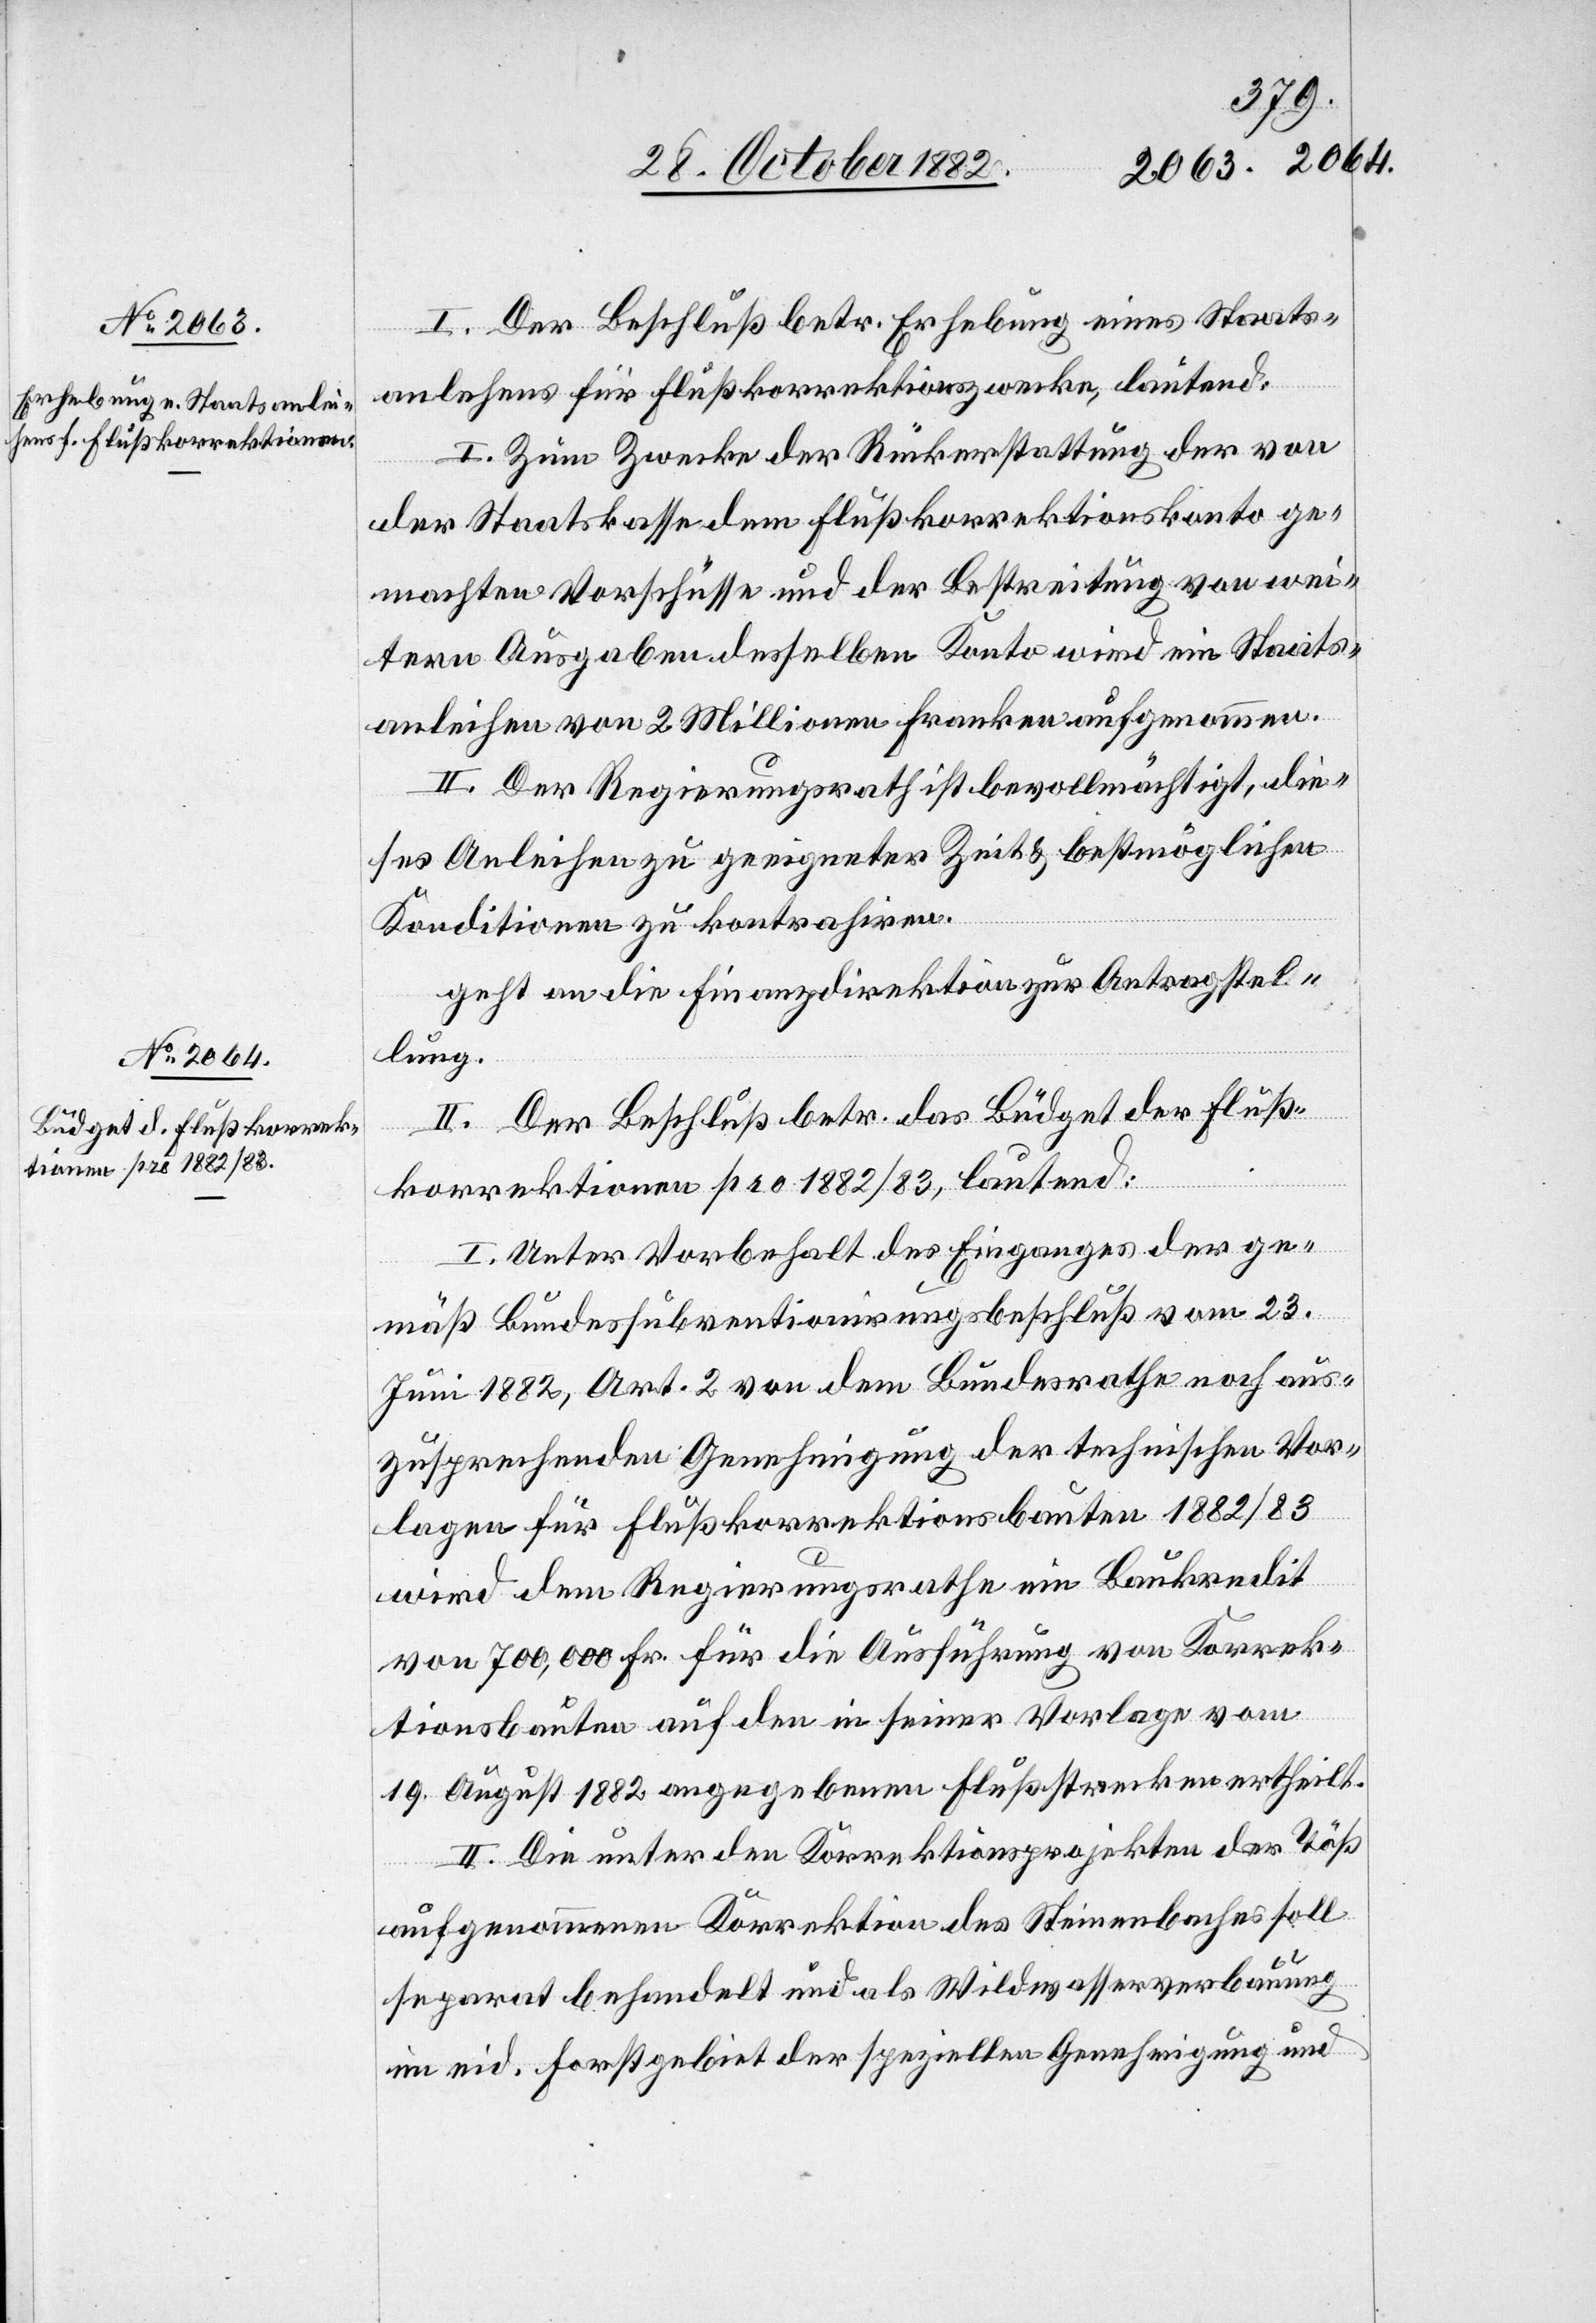
I. Der Beschluß betr. Erhebung eines Staats¬
anle[i]hens für Flußkorrektionszwecke, lautend:
I. Zum Zwecke der Rückerstattung der von
der Staatskasse dem Flußkorrektionskonto ge¬
machten Vorschüsse und der Bestreitung von wei¬
tern Ausgaben desselben Konto wird ein Staats¬
anleihen von 2 Millionen Franken aufgenommen.
II. Der Regierungsrath ist bevollmächtigt, die¬
ses Anleihen zu geeigneter Zeit & bestmöglichen
Konditionen zu kontrahiren.
geht an die Finanzdirektion zur Antragstel¬
lung.
II. Der Beschluß betr. das Büdget der Fluß¬
korrektionen pro 1882/83, lautend:
I. Unter Vorbehalt des Einganges der ge¬
mäß Bundessubventionirungsbeschluß vom 23.
Juni 1882, Art. 2 von dem Bundesrathe noch aus¬
zusprechenden Genehmigung der technischen Vor¬
lagen für Flußkorrektionsbauten 1882/83
wird dem Regierungsrathe ein Baukredit
von 700,000 Fr. für die Ausführung von Korrek¬
tionsbauten auf den in seiner Vorlage vom
19. August 1882 angegebenen Flußstrecken ertheilt.
II. Die unter den Korrektionsprojekten der Töß
aufgenommen[e] Korrektion des Steinenbaches soll
separat behandelt und als Wildwasserverbauung
im eid. Forstgebiet der speziellen Genehmigung und